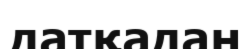
датқадан